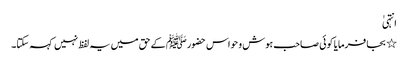
انتہیٰ
٭ بجا فرمایا کوئی صاحب ہوش و حواس حضورﷺ کے حق میں یہ لفظ نہیں کہہ سکتا۔